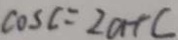
\cos C = 2 a r c